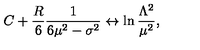
C + \frac { R } { 6 } \frac { 1 } { 6 \mu ^ { 2 } - \sigma ^ { 2 } } \leftrightarrow \ln \frac { \Lambda ^ { 2 } } { \mu ^ { 2 } } ,